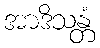
အာဒိသန္တံ